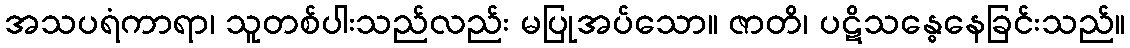
အသပရံကာရာ၊ သူတစ်ပါးသည်လည်း မပြုအပ်သော။ ဇာတိ၊ ပဋိသန္ဓေနေခြင်းသည်။